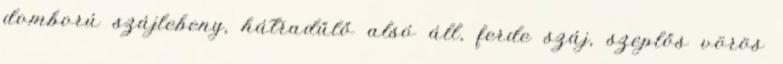
domború szájlebeny, hátradűlő alsó áll, ferde száj, szeplős vörös